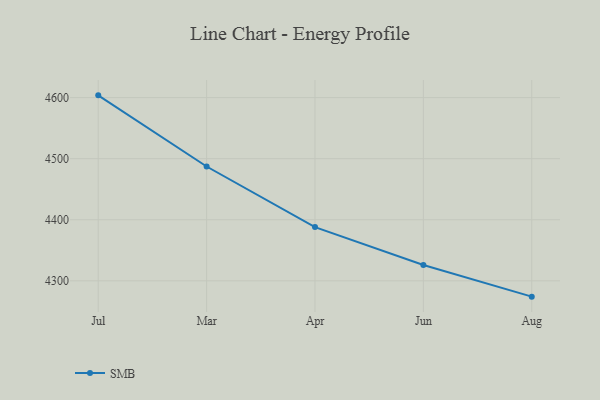
{"axis": {"x": "Month", "y": "Churn Rate (%)"}, "legend": ["SMB"], "data": [{"x": "Jul", "y": 4603.7, "type": "SMB"}, {"x": "Mar", "y": 4487.2, "type": "SMB"}, {"x": "Apr", "y": 4388.0, "type": "SMB"}, {"x": "Jun", "y": 4325.9, "type": "SMB"}, {"x": "Aug", "y": 4274.1, "type": "SMB"}]}